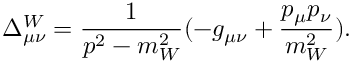
\Delta _ { \mu \nu } ^ { W } = \frac { 1 } { p ^ { 2 } - m _ { W } ^ { 2 } } ( - g _ { \mu \nu } + \frac { p _ { \mu } p _ { \nu } } { m _ { W } ^ { 2 } } ) .